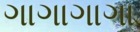
ગાગાગાગા